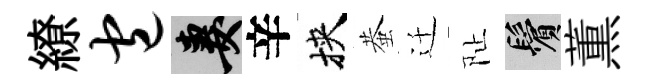
繚包妻辛挾蛬迁阯鬢薫